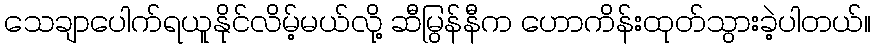
သေချာပေါက်ရယူနိုင်လိမ့်မယ်လို့ ဆီမြွန်နီက ဟောကိန်းထုတ်သွားခဲ့ပါတယ်။